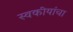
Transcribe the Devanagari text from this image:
स्वकीयांचा